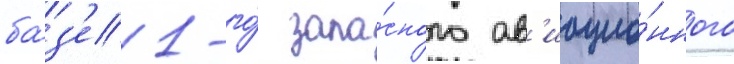
ба́з'е 1-го́ запа́сного ав'иацио́нного